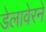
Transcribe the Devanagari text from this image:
डेलावेरने